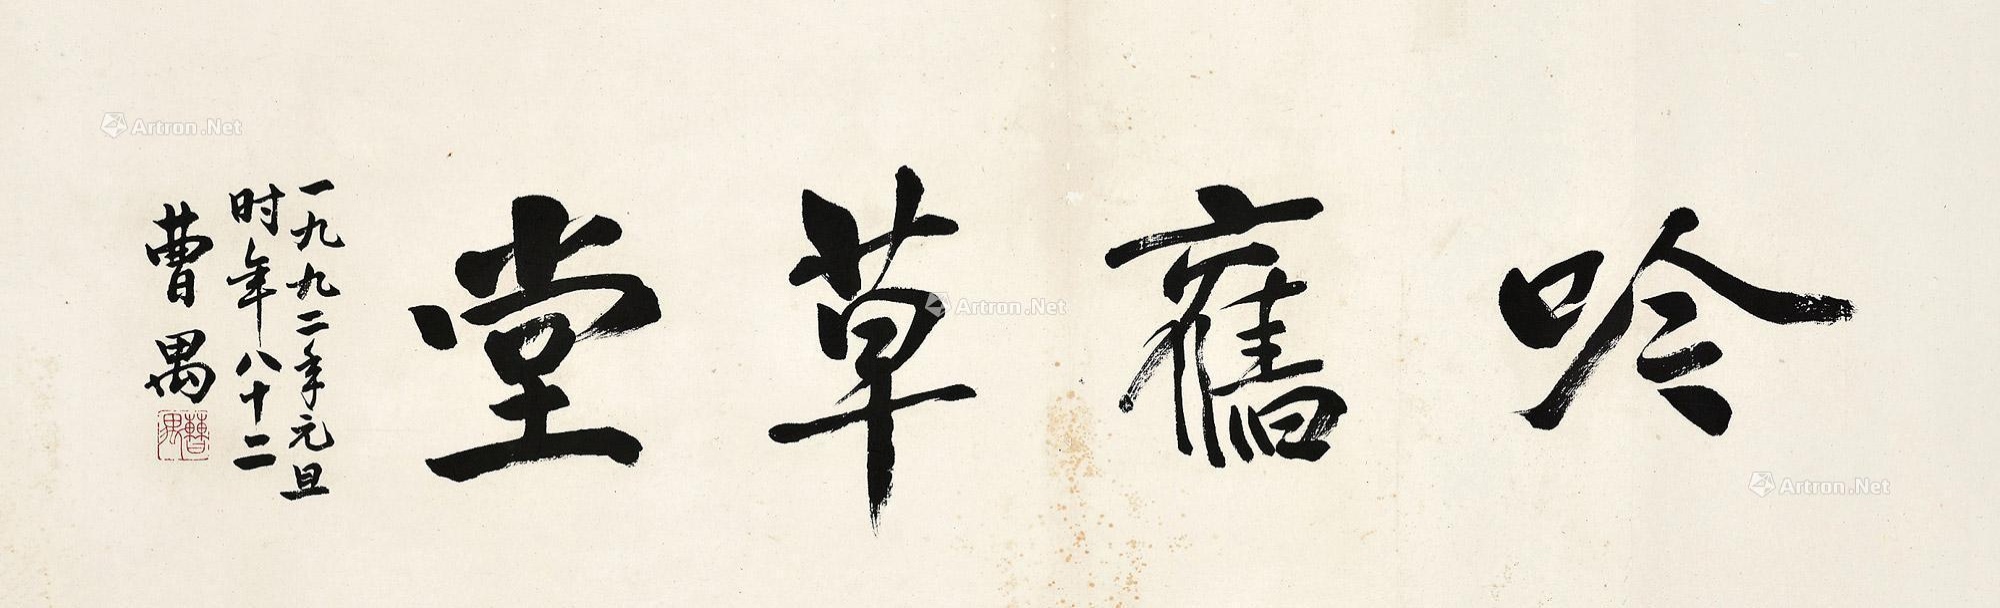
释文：吟旧草堂。一九九二年元旦时年八十二，曹禺。